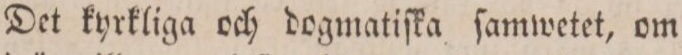
Det kyrkliga och dogmatiſka ſamwetet, om